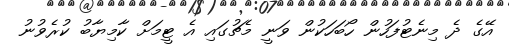
އޭގެ ދެ މިނެޓުފަހުން ހޯބަހަކުން ވަނީ މެޗުގައި އެ ޓީމަށް ކާމިޔާބު ކުރެވުނު